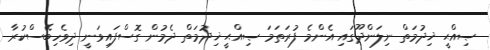
ޞިއްޙީ ޚިދުމަތް ނިލަންދޫގައި އެންމެ ފުރަތަމަ ޞިއްޙީ ޚިދުމަތް ދެމުން ގޮސްފައިވަނީ ދިވެހިބޭސްކުރާ